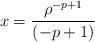
LaTeX: \begin{align*}x={\rho^{-p+1}\over (-p+1)}\end{align*}